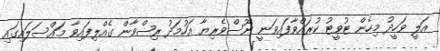
އަލީ ވަހީދު މިހެން ޓުވީޓު ކުރައްވާފައިވަނީ ނޫސްވެރިޔާ އަހުމަދު ރިޟްވާން ގެއްލިފައިވާ މައްސަލައިގައި